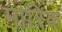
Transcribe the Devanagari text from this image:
मारिक